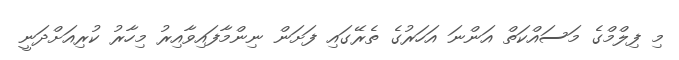
މި ފިލްމްގެ މަސައްކަތް އަންނަ އަހަރުގެ ތެރޭގައި ފަށަން ނިންމާފައިވާއިރު މިހާރު ކުރިއަށްދަނީ